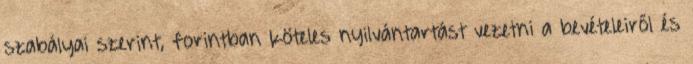
szabályai szerint, forintban köteles nyilvántartást vezetni a bevételeiről és